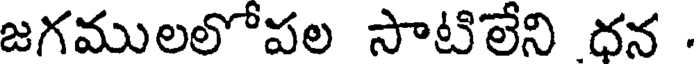
జగములలోపల సాటిలేని ధన .